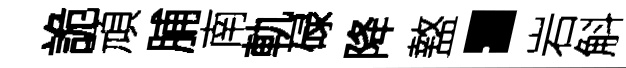
詭頑脯南軌碌降盩·岩斛